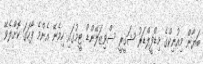
ބަޔާން މިއުނިކްގެ މިޑްފީލްޑަރު ޝަގީރީ ސްވިޒަލޭންޑް ޓީމުގައި ހިމެނޭ އެންމެ ފާހަގަ ކޮށްލެވޭ